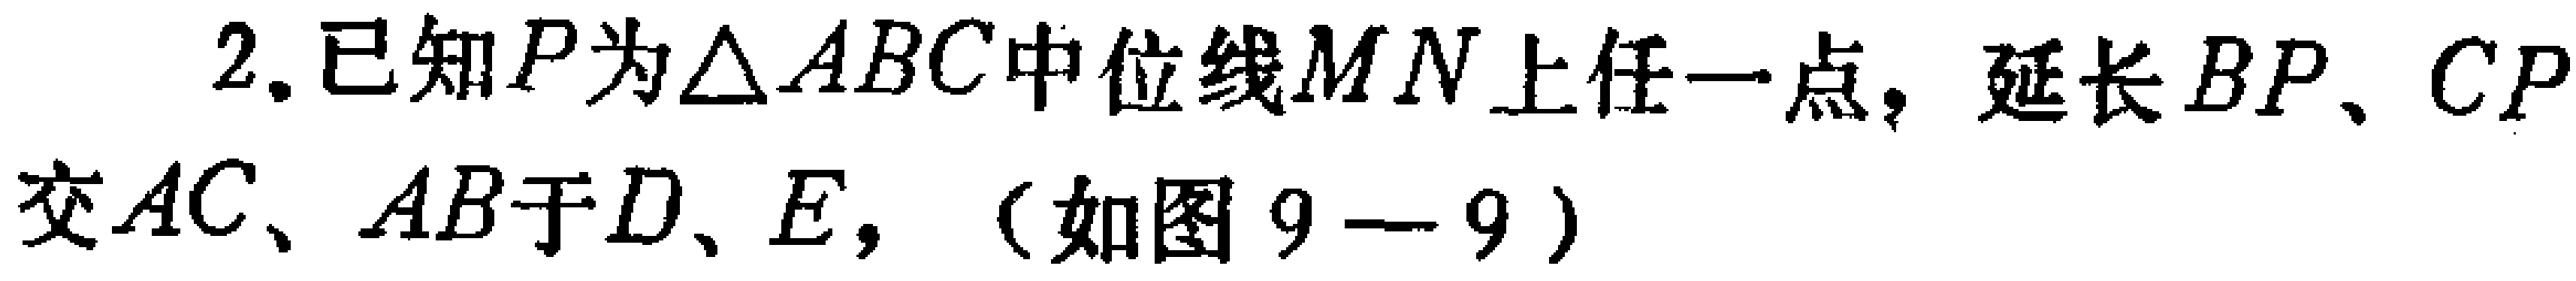
2. 已知\(P\)为\(\triangle ABC\)中位线\(MN\)上任一点，延长\(BP\)、\(CP\)交\(AC\)、\(AB\)于\(D\)、\(E\)，（如图\(9 - 9\)）